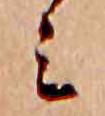
ミ